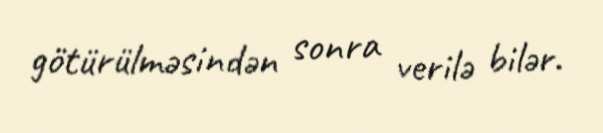
götürülməsindən sonra verilə bilər.